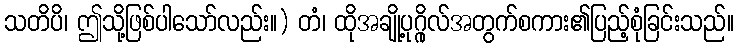
သတိပိ၊ ဤသို့ဖြစ်ပါသော်လည်း။) တံ၊ ထိုအချို့ပုဂ္ဂိုလ်အတွက်စကား၏ပြည့်စုံခြင်းသည်။